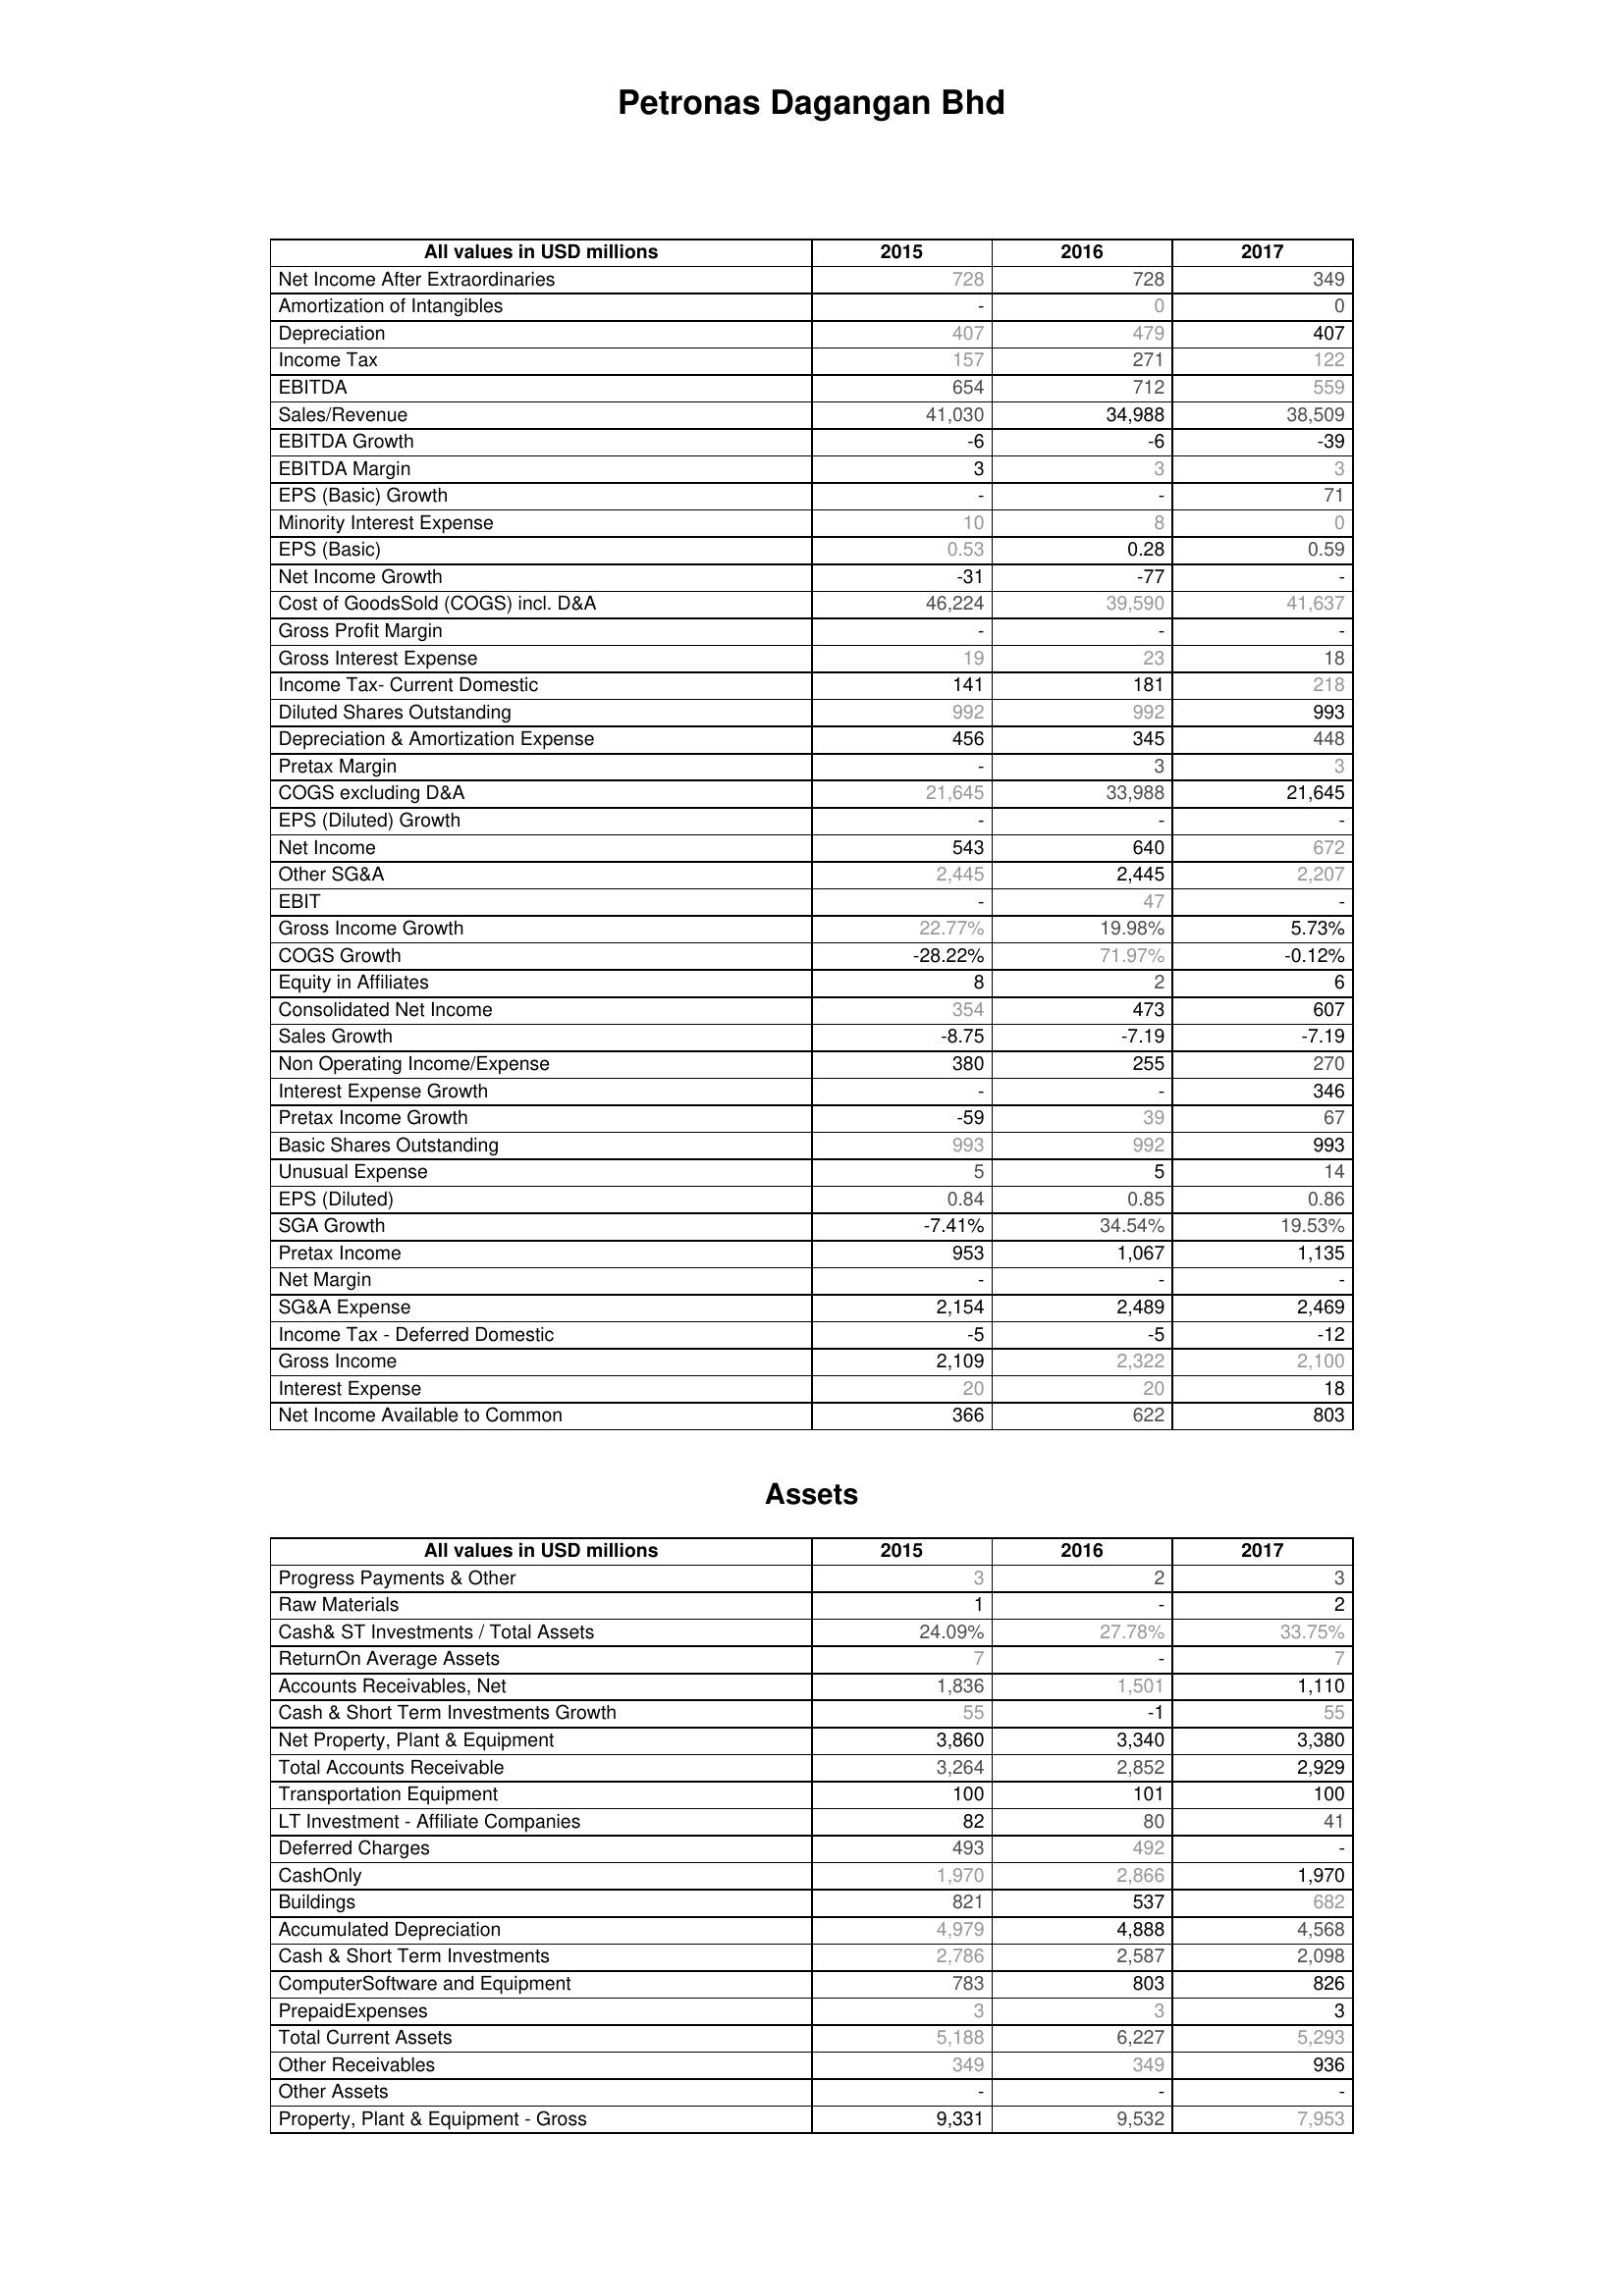
2015: : Net Income After Extraordinaries: 728
Amortization of Intangibles: -
Depreciation: 407
Income Tax: 157
EBITDA: 654
Sales/Revenue: 41,030
EBITDA Growth: -6
EBITDA Margin: 3
EPS (Basic) Growth: -
Minority Interest Expense: 10
EPS (Basic): 0.53
Net Income Growth: -31
Cost of GoodsSold (COGS) incl. D&A: 46,224
Gross Profit Margin: -
Gross Interest Expense: 19
Income Tax- Current Domestic: 141
Diluted Shares Outstanding: 992
Depreciation & Amortization Expense: 456
Pretax Margin: -
COGS excluding D&A: 21,645
EPS (Diluted) Growth: -
Net Income: 543
Other SG&A: 2,445
EBIT: -
Gross Income Growth: 22.77%
COGS Growth: -28.22%
Equity in Affiliates: 8
Consolidated Net Income: 354
Sales Growth: -8.75
Non Operating Income/Expense: 380
Interest Expense Growth: -
Pretax Income Growth: -59
Basic Shares Outstanding: 993
Unusual Expense: 5
EPS (Diluted): 0.84
SGA Growth: -7.41%
Pretax Income: 953
Net Margin: -
SG&A Expense: 2,154
Income Tax - Deferred Domestic: -5
Gross Income: 2,109
Interest Expense: 20
Net Income Available to Common: 366
Assets: Progress Payments & Other: 3
Raw Materials: 1
Cash& ST Investments / Total Assets: 24.09%
ReturnOn Average Assets: 7
Accounts Receivables, Net: 1,836
Cash & Short Term Investments Growth: 55
Net Property, Plant & Equipment: 3,860
Total Accounts Receivable: 3,264
Transportation Equipment: 100
LT Investment - Affiliate Companies: 82
Deferred Charges: 493
CashOnly: 1,970
Buildings: 821
Accumulated Depreciation: 4,979
Cash & Short Term Investments: 2,786
ComputerSoftware and Equipment: 783
PrepaidExpenses: 3
Total Current Assets: 5,188
Other Receivables: 349
Other Assets: -
Property, Plant & Equipment - Gross : 9,331
2016: : Net Income After Extraordinaries: 728
Amortization of Intangibles: 0
Depreciation: 479
Income Tax: 271
EBITDA: 712
Sales/Revenue: 34,988
EBITDA Growth: -6
EBITDA Margin: 3
EPS (Basic) Growth: -
Minority Interest Expense: 8
EPS (Basic): 0.28
Net Income Growth: -77
Cost of GoodsSold (COGS) incl. D&A: 39,590
Gross Profit Margin: -
Gross Interest Expense: 23
Income Tax- Current Domestic: 181
Diluted Shares Outstanding: 992
Depreciation & Amortization Expense: 345
Pretax Margin: 3
COGS excluding D&A: 33,988
EPS (Diluted) Growth: -
Net Income: 640
Other SG&A: 2,445
EBIT: 47
Gross Income Growth: 19.98%
COGS Growth: 71.97%
Equity in Affiliates: 2
Consolidated Net Income: 473
Sales Growth: -7.19
Non Operating Income/Expense: 255
Interest Expense Growth: -
Pretax Income Growth: 39
Basic Shares Outstanding: 992
Unusual Expense: 5
EPS (Diluted): 0.85
SGA Growth: 34.54%
Pretax Income: 1,067
Net Margin: -
SG&A Expense: 2,489
Income Tax - Deferred Domestic: -5
Gross Income: 2,322
Interest Expense: 20
Net Income Available to Common: 622
Assets: Progress Payments & Other: 2
Raw Materials: -
Cash& ST Investments / Total Assets: 27.78%
ReturnOn Average Assets: -
Accounts Receivables, Net: 1,501
Cash & Short Term Investments Growth: -1
Net Property, Plant & Equipment: 3,340
Total Accounts Receivable: 2,852
Transportation Equipment: 101
LT Investment - Affiliate Companies: 80
Deferred Charges: 492
CashOnly: 2,866
Buildings: 537
Accumulated Depreciation: 4,888
Cash & Short Term Investments: 2,587
ComputerSoftware and Equipment: 803
PrepaidExpenses: 3
Total Current Assets: 6,227
Other Receivables: 349
Other Assets: -
Property, Plant & Equipment - Gross : 9,532
2017: : Net Income After Extraordinaries: 349
Amortization of Intangibles: 0
Depreciation: 407
Income Tax: 122
EBITDA: 559
Sales/Revenue: 38,509
EBITDA Growth: -39
EBITDA Margin: 3
EPS (Basic) Growth: 71
Minority Interest Expense: 0
EPS (Basic): 0.59
Net Income Growth: -
Cost of GoodsSold (COGS) incl. D&A: 41,637
Gross Profit Margin: -
Gross Interest Expense: 18
Income Tax- Current Domestic: 218
Diluted Shares Outstanding: 993
Depreciation & Amortization Expense: 448
Pretax Margin: 3
COGS excluding D&A: 21,645
EPS (Diluted) Growth: -
Net Income: 672
Other SG&A: 2,207
EBIT: -
Gross Income Growth: 5.73%
COGS Growth: -0.12%
Equity in Affiliates: 6
Consolidated Net Income: 607
Sales Growth: -7.19
Non Operating Income/Expense: 270
Interest Expense Growth: 346
Pretax Income Growth: 67
Basic Shares Outstanding: 993
Unusual Expense: 14
EPS (Diluted): 0.86
SGA Growth: 19.53%
Pretax Income: 1,135
Net Margin: -
SG&A Expense: 2,469
Income Tax - Deferred Domestic: -12
Gross Income: 2,100
Interest Expense: 18
Net Income Available to Common: 803
Assets: Progress Payments & Other: 3
Raw Materials: 2
Cash& ST Investments / Total Assets: 33.75%
ReturnOn Average Assets: 7
Accounts Receivables, Net: 1,110
Cash & Short Term Investments Growth: 55
Net Property, Plant & Equipment: 3,380
Total Accounts Receivable: 2,929
Transportation Equipment: 100
LT Investment - Affiliate Companies: 41
Deferred Charges: -
CashOnly: 1,970
Buildings: 682
Accumulated Depreciation: 4,568
Cash & Short Term Investments: 2,098
ComputerSoftware and Equipment: 826
PrepaidExpenses: 3
Total Current Assets: 5,293
Other Receivables: 936
Other Assets: -
Property, Plant & Equipment - Gross : 7,953